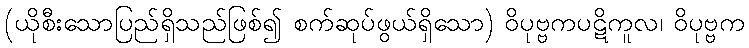
(ယိုစီးသောပြည်ရှိသည်ဖြစ်၍ စက်ဆုပ်ဖွယ်ရှိသော) ဝိပုဗ္ဗကပဋိကူလ၊ ဝိပုဗ္ဗက